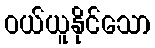
ဝယ်ယူနိုင်သော